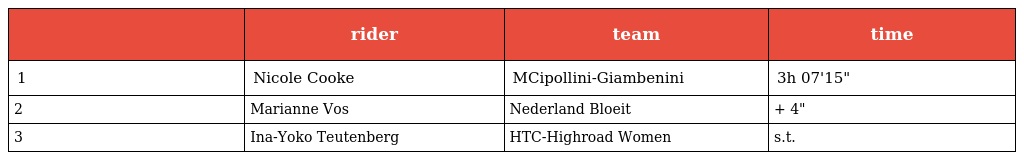
|  | rider | team | time |
 | --- | --- | --- | --- |
 | 1 | Nicole Cooke | MCipollini-Giambenini | 3h 07'15" |
 | 2 | Marianne Vos | Nederland Bloeit | + 4" |
 | 3 | Ina-Yoko Teutenberg | HTC-Highroad Women | s.t. |